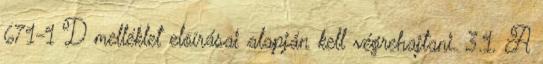
671-1 D melléklet elõírásai alapján kell végrehajtani. 3.1. A